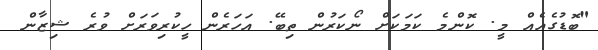
"ބޮޑުގެއެއް މީ. ކޮންމެ ކަމަކަށް ނޯކަރުން ތިބޭ. އަހަރެން ހީކުރިވަރަށް ވުރެ ޝިޒާން